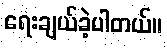
ရေးချယ်ခဲ့ပါတယ်။